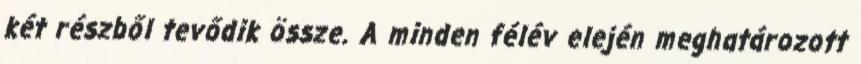
két részből tevődik össze. A minden félév elején meghatározott